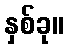
နှစ်ခု။